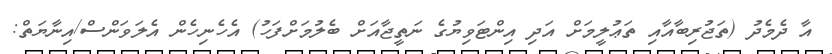
އާ ދެމެދު (ތަޖުރިބާއާއި ތަޢުލީމަށް އަދި އިންޓަވިޔުގެ ނަތީޖާއަށް ބެލުމަށްފަހު) އެހެނިހެން އެލަވަންސް/އިނާޔަތް: